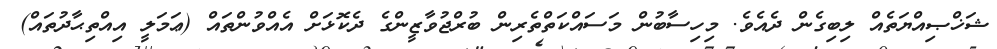
ޝަޚްޞިއްޔަތެއް ލިބިގެން ދެއެވެ. މިހިސާބުން މަސައްކަތްތެރިން ބުރްޖުވާޒީންގެ ދެކޮޅަށް އެއްވުންތައް (ޢަމަލީ އިިއްތިޙާދުތައް)